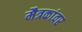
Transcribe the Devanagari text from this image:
मैत्रकांवर